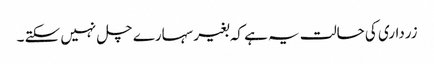
زرداری کی حالت یہ ہے کہ بغیر سہارے چل نہیں سکتے ۔